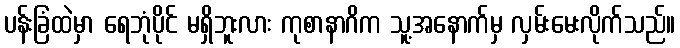
ပန်းခြံထဲမှာ ရေဘုံပိုင် မရှိဘူးလား ကုစာနာဂိက သူ့အနောက်မှ လှမ်းမေးလိုက်သည်။